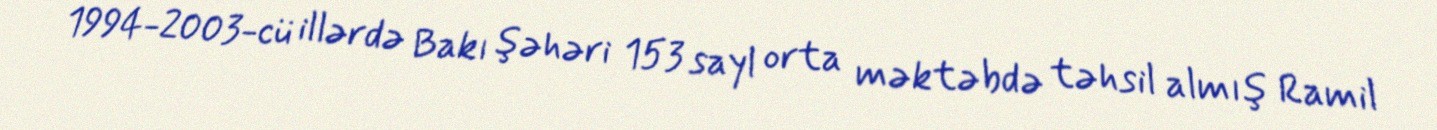
1994-2003-cü illərdə Bakı şəhəri 153 sayl orta məktəbdə təhsil almış Ramil